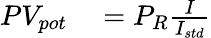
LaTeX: \begin{array}{rl}{PV_{pot}}&{{}=P_{R}\frac{I}{I_{std}}}\end{array}